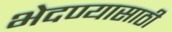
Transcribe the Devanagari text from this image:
भेदण्यासाठी